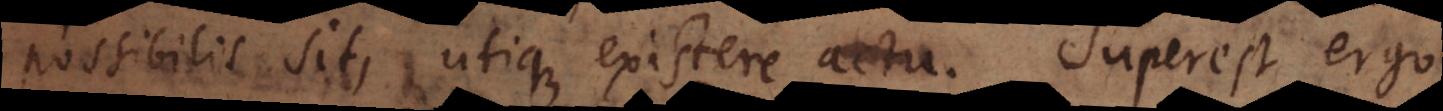
possibilis sit, utique existere actu. Superest ergo